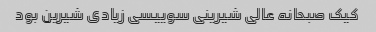
کیک صبحانه عالی شیرینی سوییسی زیادی شیرین بود